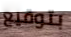
بتوقيع